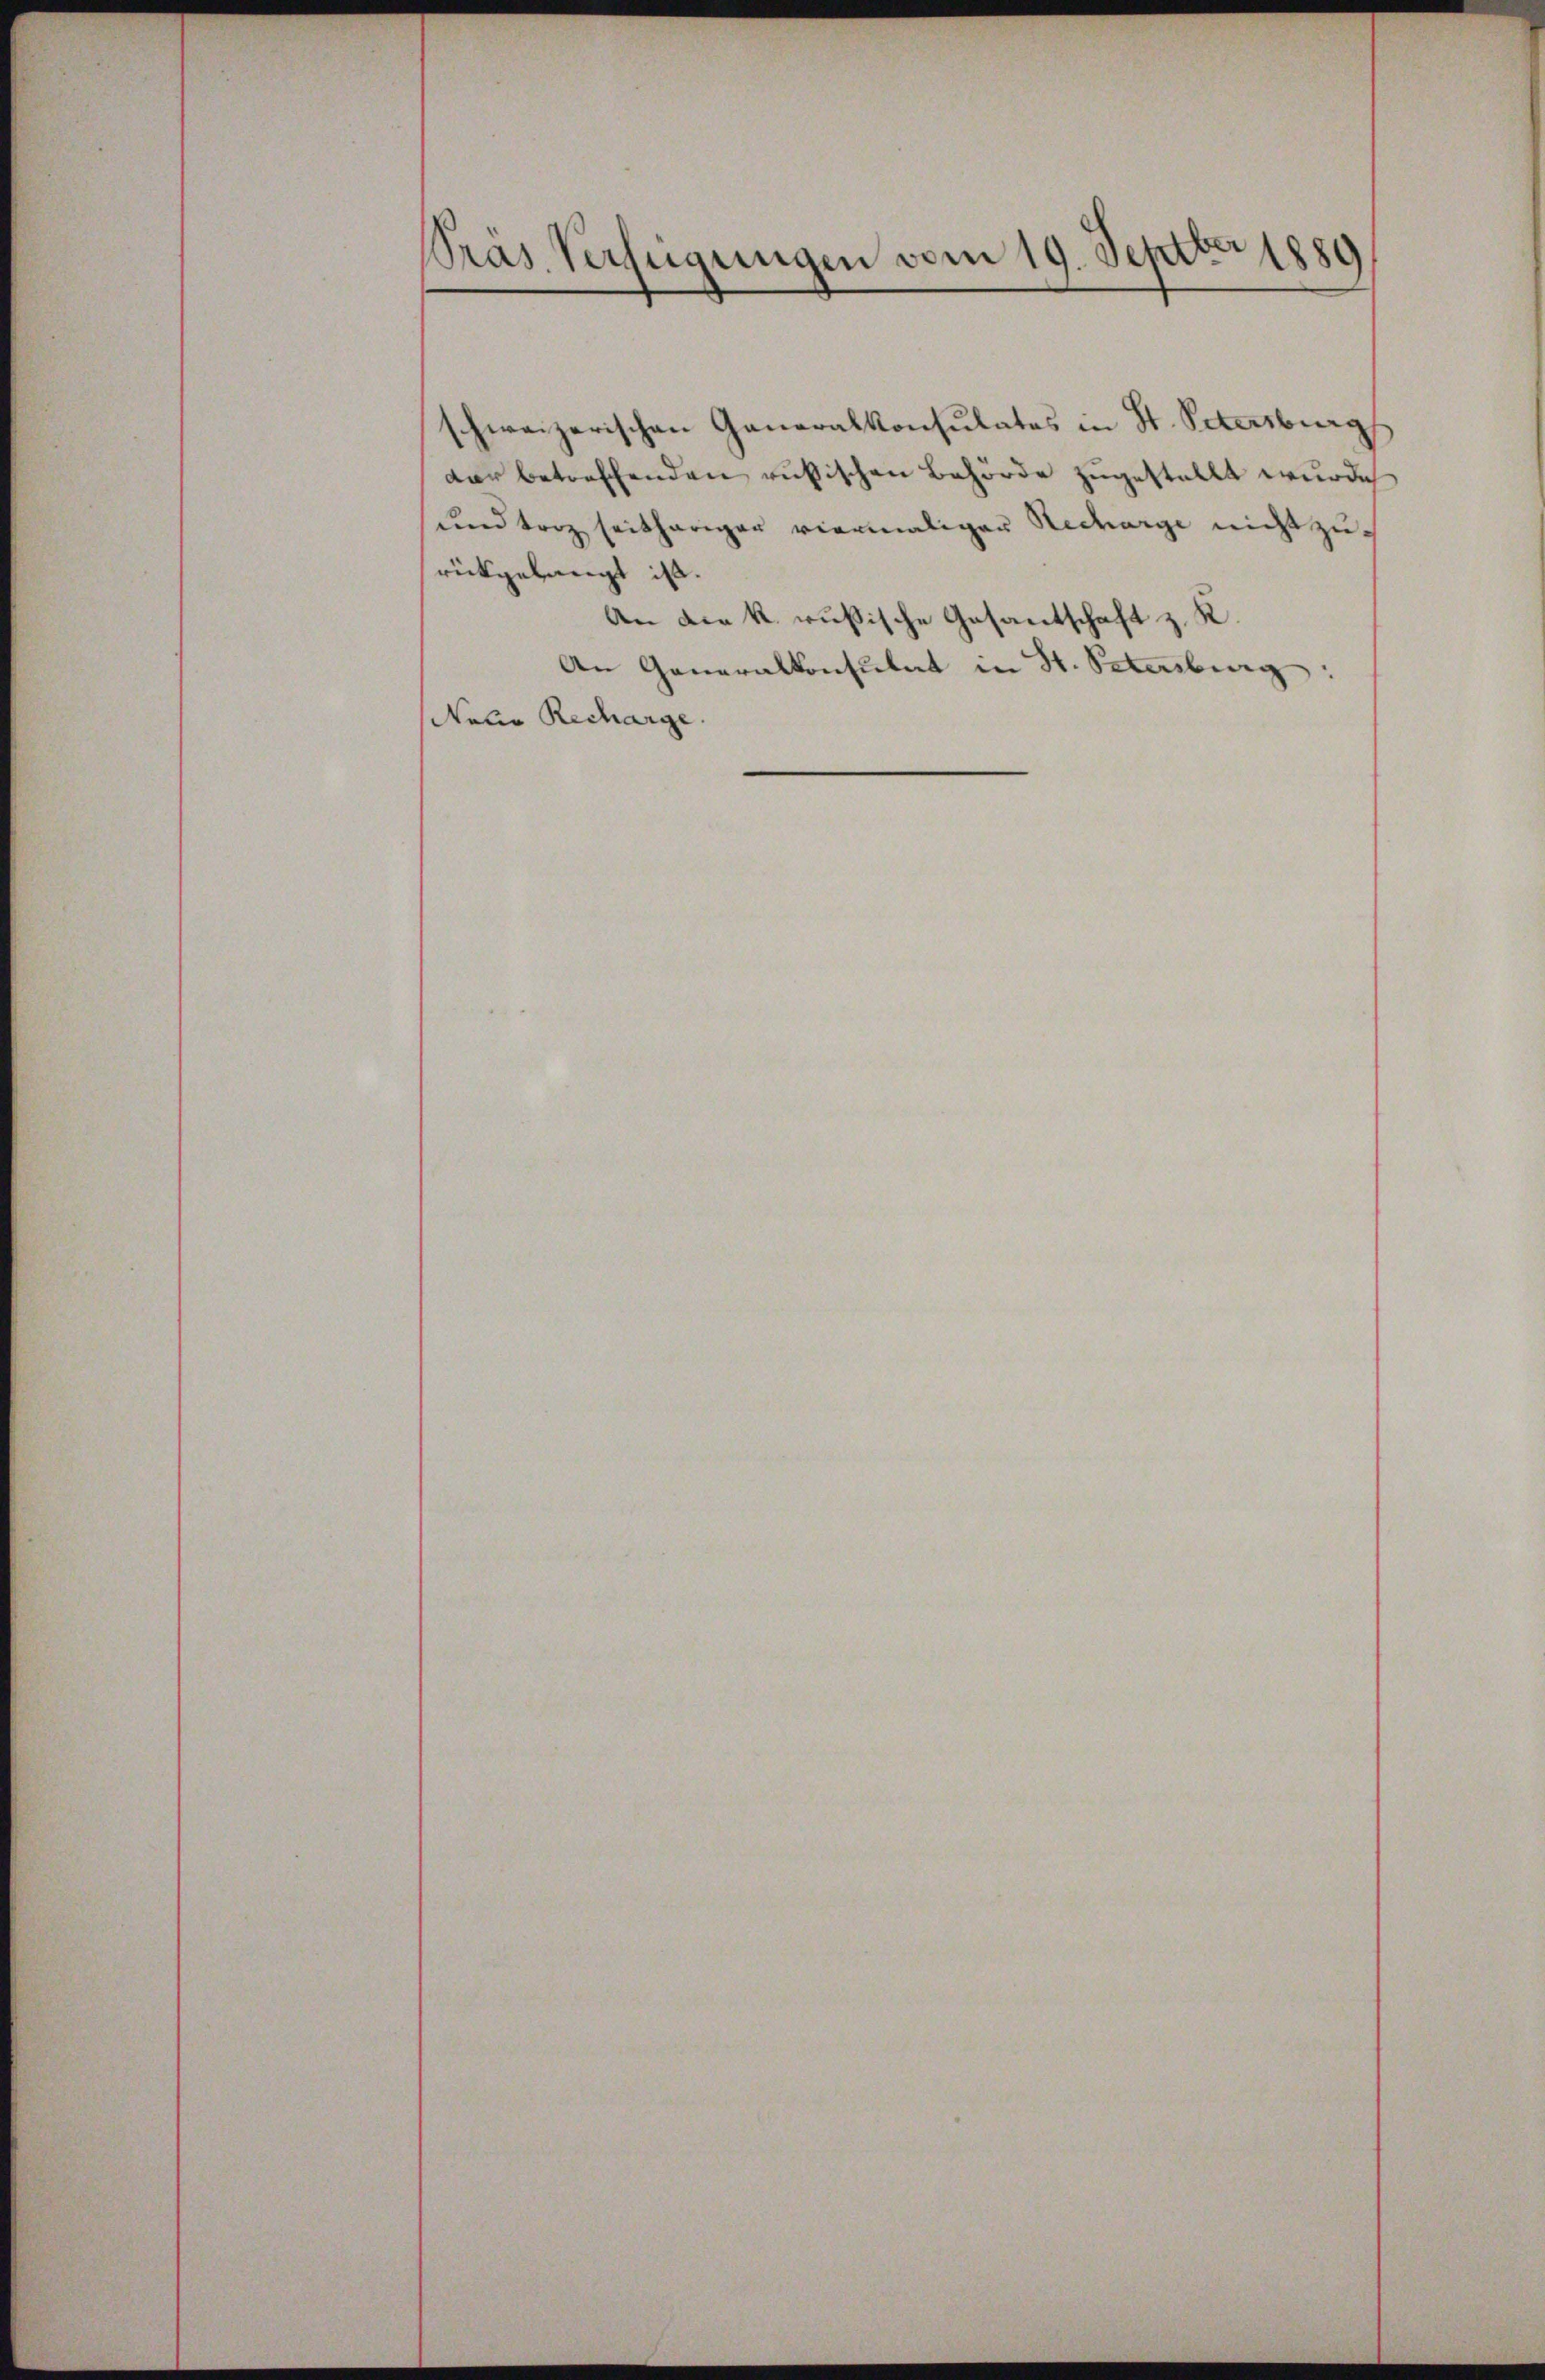
Pras Verfügungen vom 19. Septber 1889

schweizerischen Generalkonsulatos in St. Petersburgs
dar betreffenden russischen Behörde zugestellt wurde
dund torz seitheriger viermaliger Recharge nicht zurückgelangt ist.
An die k. russische Gesantschaft z. K
An Generalkonsulat in St. Schenburg:
Nolie Recharge